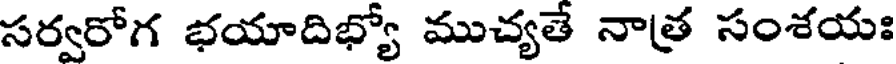
సర్వరోగ భయాదిభ్యో ముచ్యతే నాత్ర సంశయః